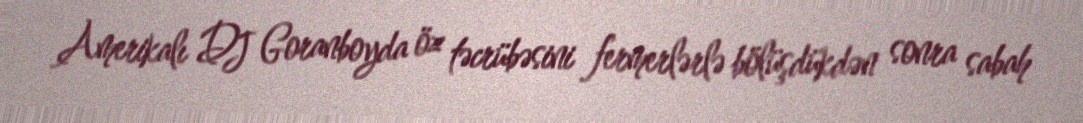
Amerikalı DJ Goranboyda öz təcrübəsini fermerlərlə bölüşdükdən sonra sabah